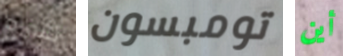
تشربه تومبسون أين